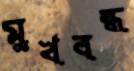
মুখবন্ধ